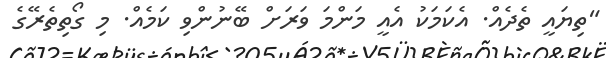
"ތިޔައީ ތެދެއް. އެކަމަކު އެއީ މަންމަ ވަރަށް ބޭނުންވި ކަމެއް. މި ގޯތިތެރޭގެ